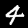
Label: 4